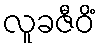
လူခဇီဝိံ